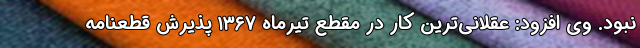
نبود. وی افزود: عقلانی‌ترین کار در مقطع تیرماه ۱۳۶۷ پذیرش قطعنامه